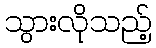
သွားလိုသည့်